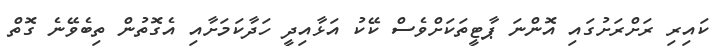
ކައިރި ރަށްރަށުގައި އޮންނަ ޕާޓީތަކަށްވެސް ކޭކު އަޅާއިދީ ހަދާކަމަށާއި އެގޮތުން ތިބެވޭނެ ގޮތް